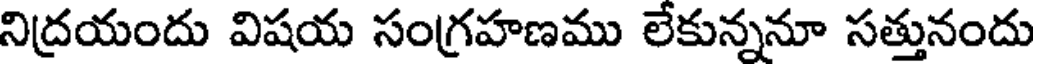
నిద్రయందు విషయ సంగ్రహణము లేకున్ననూ సత్తునందు